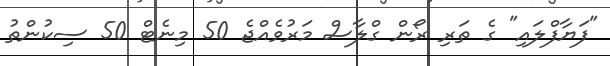
"ފަޔާފްލައި" ގެ ތަރި ރޯން ގްލާސް މަރުވެއްޖެ 50 މިނެޓް 50 ސިކުންތު